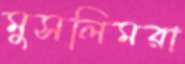
মুসলিমরা